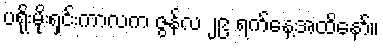
ပရိုးမိုးရှင်းကာလက ဇွန်လ ၂၉ ရက်နေ့အထိနော်။